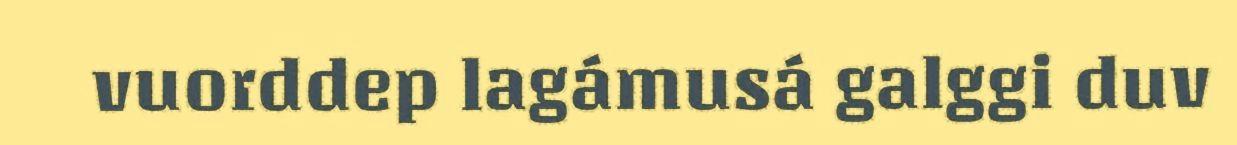
vuorddep lagámusá galggi duv